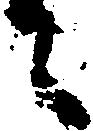
々